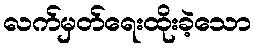
လက်မှတ်ရေးထိုးခဲ့သော